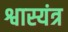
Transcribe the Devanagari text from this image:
श्वास्यंत्र